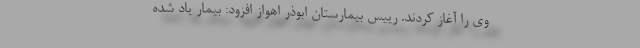
وی را آغاز کردند. رییس بیمارستان ابوذر اهواز افزود: بیمار یاد شده